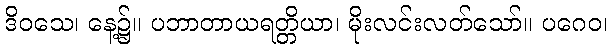
ဒိဝသေ၊ နေ့၌။ ပဘာတာယရတ္တိယာ၊ မိုးလင်းလတ်သော်။ ပဂေဝ၊